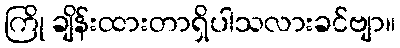
ကြို ချိန်းထားတာရှိပါသလားခင်ဗျာ။